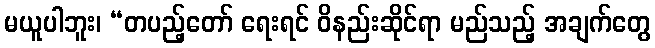
မယူပါဘူး၊ “တပည့်တော် ရေးရင် ဝိနည်းဆိုင်ရာ မည်သည့် အချက်တွေ